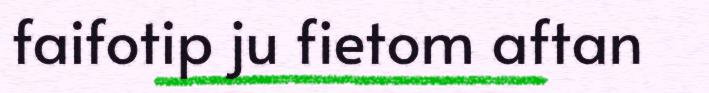
faifotip ju fietom aftan